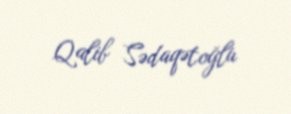
Qalib Sədaqətoğlu